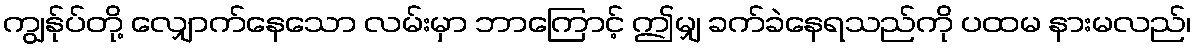
ကျွန်ုပ်တို့ လျှောက်နေသော လမ်းမှာ ဘာကြောင့် ဤမျှ ခက်ခဲနေရသည်ကို ပထမ နားမလည်၊